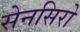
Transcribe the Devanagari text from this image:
सेनसिरो